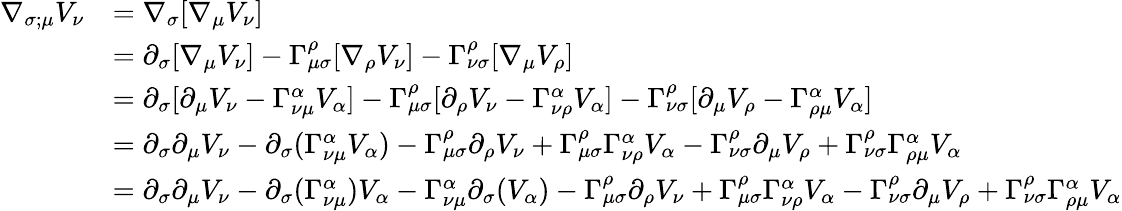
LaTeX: {\begin{array}{rl}{\nabla_{\sigma;\mu}V_{\nu}}&{=\nabla_{\sigma}[\nabla_{\mu}V_{\nu}]}\\ &{=\partial_{\sigma}[\nabla_{\mu}V_{\nu}]-\Gamma^{\rho}_{\mu\sigma}[\nabla_{\rho}V_{\nu}]-\Gamma^{\rho}_{\nu\sigma}[\nabla_{\mu}V_{\rho}]}\\ &{=\partial_{\sigma}[\partial_{\mu}V_{\nu}-\Gamma^{\alpha}_{\nu\mu}V_{\alpha}]-\Gamma^{\rho}_{\mu\sigma}[\partial_{\rho}V_{\nu}-\Gamma^{\alpha}_{\nu\rho}V_{\alpha}]-\Gamma^{\rho}_{\nu\sigma}[\partial_{\mu}V_{\rho}-\Gamma^{\alpha}_{\rho\mu}V_{\alpha}]}\\ &{=\partial_{\sigma}\partial_{\mu}V_{\nu}-\partial_{\sigma}(\Gamma^{\alpha}_{\nu\mu}V_{\alpha})-\Gamma^{\rho}_{\mu\sigma}\partial_{\rho}V_{\nu}+\Gamma^{\rho}_{\mu\sigma}\Gamma^{\alpha}_{\nu\rho}V_{\alpha}-\Gamma^{\rho}_{\nu\sigma}\partial_{\mu}V_{\rho}+\Gamma^{\rho}_{\nu\sigma}\Gamma^{\alpha}_{\rho\mu}V_{\alpha}}\\ &{=\partial_{\sigma}\partial_{\mu}V_{\nu}-\partial_{\sigma}(\Gamma^{\alpha}_{\nu\mu})V_{\alpha}-\Gamma^{\alpha}_{\nu\mu}\partial_{\sigma}(V_{\alpha})-\Gamma^{\rho}_{\mu\sigma}\partial_{\rho}V_{\nu}+\Gamma^{\rho}_{\mu\sigma}\Gamma^{\alpha}_{\nu\rho}V_{\alpha}-\Gamma^{\rho}_{\nu\sigma}\partial_{\mu}V_{\rho}+\Gamma^{\rho}_{\nu\sigma}\Gamma^{\alpha}_{\rho\mu}V_{\alpha}}\end{array}}